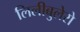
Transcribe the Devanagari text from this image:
लिलीबुलेरो